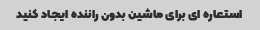
استعاره ای برای ماشین بدون راننده ایجاد کنید